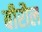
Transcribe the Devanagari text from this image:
बीरौल